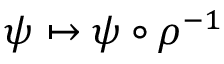
\psi \mapsto \psi \circ \rho ^ { - 1 }